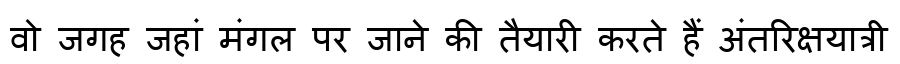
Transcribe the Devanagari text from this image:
वो जगह जहां मंगल पर जाने की तैयारी करते हैं अंतरिक्षयात्री